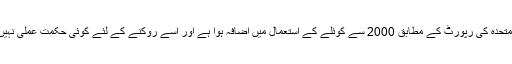
اقوام متحدہ کی رپورٹ کے مطابق 2000 سے کوئلے کے استعمال میں اضافہ ہوا ہے اور اسے روکنے کے لئے کوئی حکمت عملی نہیں ہے۔